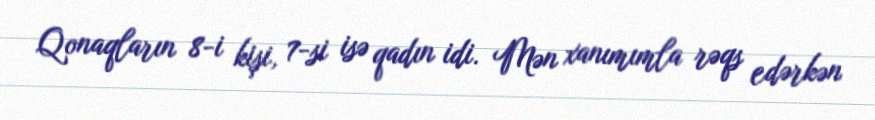
Qonaqların 8-i kişi, 7-si isə qadın idi. Mən xanımımla rəqs edərkən